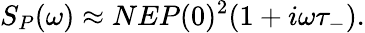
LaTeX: S_{P}(\omega)\approx NEP(0)^{2}(1+i\omega\tau_{-}).